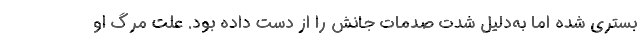
بستری شده اما به‌دلیل شدت صدمات جانش را از دست داده بود. علت مرگ او